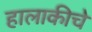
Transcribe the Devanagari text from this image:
हालाकीचे